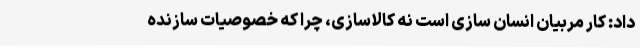
داد: کار مربیان انسان سازی است نه کالاسازی، چرا که خصوصیات سازنده